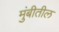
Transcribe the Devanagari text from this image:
मुंबीतील